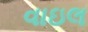
વાઇલ